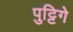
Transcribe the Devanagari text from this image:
पुट्टिगे